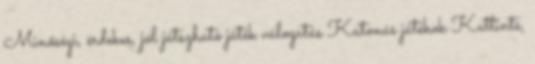
Minőségi, érdekes, jól játszható játék válogatás Katonás játékok Kattints,